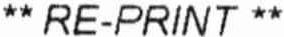
** RE-PRINT **